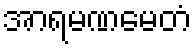
အာရမဏမေတံ